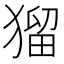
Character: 𤠑